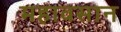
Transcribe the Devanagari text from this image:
महावसान